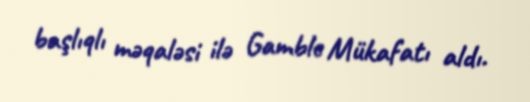
başlıqlı məqaləsi ilə Gamble Mükafatı aldı.